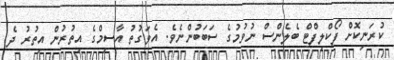
ކުރަނިކޮށް ފޯކްލިފްޓް ބެލެންސް ނުވުމުގެ ސަބަބުންނެވެ. އެވަގުތު އާސިމްގެ އިތުރުން އިތުރު ދެ